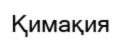
Қимақия